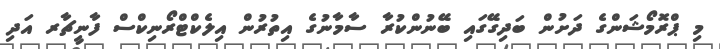
މި ޕްރޮމޯޝަންގެ ދަށުން ބަދިގޭގައި ބޭނުންކުރާ ސާމާނުގެ އިތުރުން އިލެކްޓްރޯނިކްސް ފާނީޗާރ އަދި